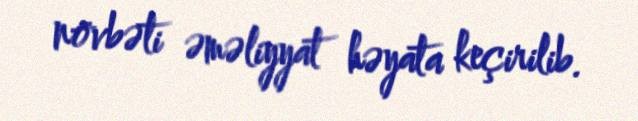
növbəti əməliyyat həyata keçirilib.